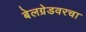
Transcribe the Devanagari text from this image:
बेलग्रेडवरचा